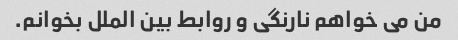
من می خواهم نارنگی و روابط بین الملل بخوانم.